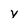
Character: V